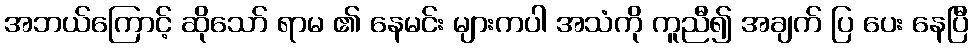
အဘယ်ကြောင့် ဆိုသော် ရာမ ၏ နေမင်း များကပါ အသံကို ကူညီ၍ အချက် ပြ ပေး နေပြီ